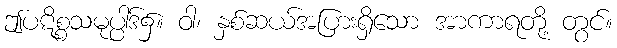
ဤပဋိစ္စသမုပ္ပါဒ်၌။ ဝါ၊ နှစ်ဆယ်အပြားရှိသော အာကာရတို့ တွင်။